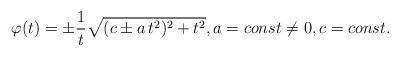
LaTeX: \begin{align*} \varphi(t) = \pm \frac{1}{t} \sqrt{(c \pm a\, t^2)^2 +t^2}, a = const \neq 0, c = const.\end{align*}